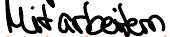
Mitarbeitern